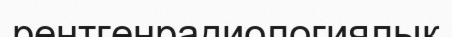
рентгенрадиологиялық